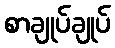
စာချုပ်ချုပ်